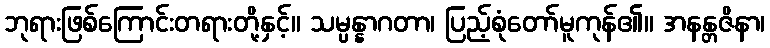
ဘုရားဖြစ်ကြောင်းတရားတို့နှင့်။ သမ္ပန္နာဂတာ၊ ပြည့်စုံတော်မူကုန်၏။ အနန္တဇိနာ၊